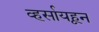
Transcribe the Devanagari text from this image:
व्हर्सायहून